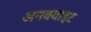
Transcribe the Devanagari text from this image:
अनक्वाइट